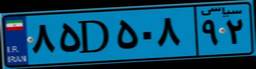
۸۵D۵۰۸۹۲